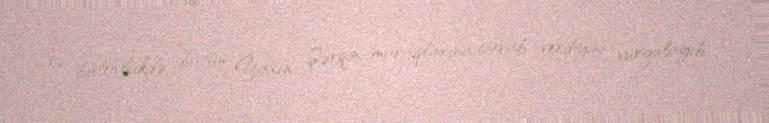
və bütövlükdə bütün Yaxın Şərqin maraqlarına cavab verdiyini vurğulayıb.